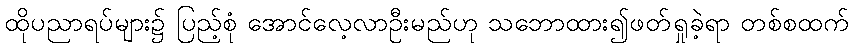
ထိုပညာရပ်များ၌ ပြည့်စုံ အောင်လေ့လာဦးမည်ဟု သဘောထား၍ဖတ်ရှုခဲ့ရာ တစ်စထက်